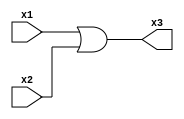
module OR(x1, x2, x3);
    // Inputs
    input[31:0]x1;
    input[31:0]x2;

    // Outputs
    output reg[31:0]x3;

    // Logic
    always@(x1, x2)
    begin
        // x3 is bitwise OR of (x1, x2)
        x3 = x1 | x2;
    end
endmodule